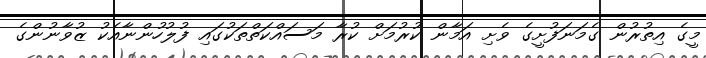
މީގެ އިތުރުން ގެމަނަފުށީގެ ވެށި އަމާން ކުރުމަށް ކުރާ މަސައްކަތްތަކުގައި ފުލުހުންނާއެކު ޒުވާނުންގެ